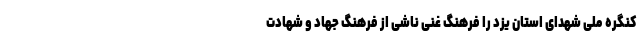
کنگره ملی شهدای استان یزد را فرهنگ غنی ناشی از فرهنگ جهاد و شهادت